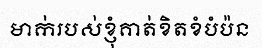
មាក់របស់ខ្ញុំគាត់ខិតខំបំប៉ន